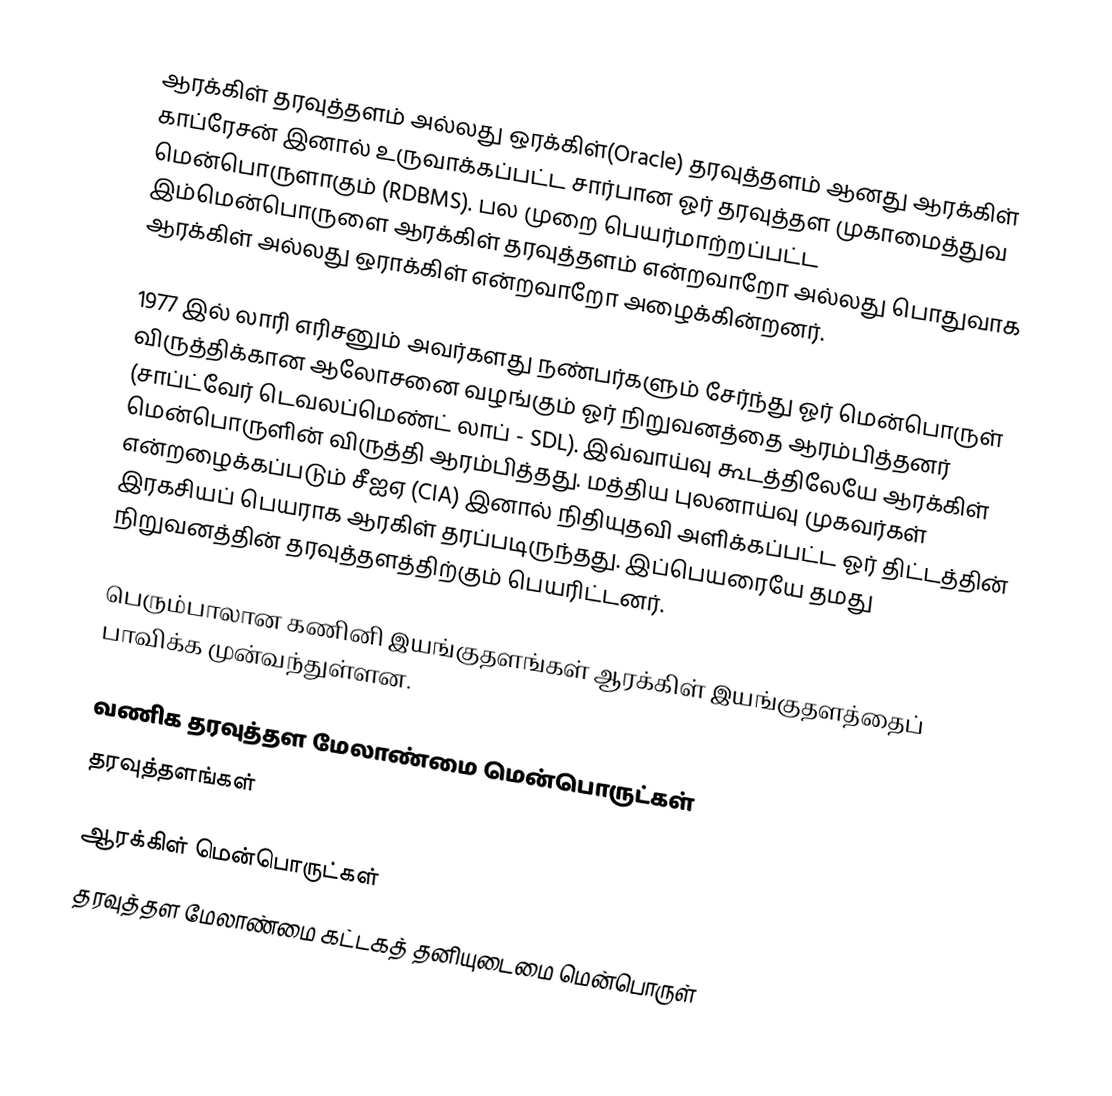
ஆரக்கிள் தரவுத்தளம் அல்லது ஒரக்கிள்(Oracle) தரவுத்தளம் ஆனது  ஆரக்கிள் காப்ரேசன் இனால் உருவாக்கப்பட்ட சார்பான ஓர் தரவுத்தள முகாமைத்துவ மென்பொருளாகும் (RDBMS). பல முறை பெயர்மாற்றப்பட்ட இம்மென்பொருளை ஆரக்கிள் தரவுத்தளம் என்றவாறோ அல்லது பொதுவாக ஆரக்கிள் அல்லது ஒராக்கிள் என்றவாறோ அழைக்கின்றனர்.

1977 இல் லாரி எரிசனும் அவர்களது நண்பர்களும் சேர்ந்து ஓர் மென்பொருள் விருத்திக்கான ஆலோசனை வழங்கும் ஓர் நிறுவனத்தை ஆரம்பித்தனர் (சாப்ட்வேர் டெவலப்மெண்ட் லாப் - SDL). இவ்வாய்வு கூடத்திலேயே ஆரக்கிள் மென்பொருளின் விருத்தி ஆரம்பித்தது. மத்திய புலனாய்வு முகவர்கள் என்றழைக்கப்படும் சீஐஏ (CIA) இனால் நிதியுதவி அளிக்கப்பட்ட ஓர் திட்டத்தின் இரகசியப் பெயராக ஆரகிள் தரப்படிருந்தது. இப்பெயரையே தமது நிறுவனத்தின் தரவுத்தளத்திற்கும் பெயரிட்டனர்.

பெரும்பாலான கணினி இயங்குதளங்கள் ஆரக்கிள் இயங்குதளத்தைப் பாவிக்க முன்வந்துள்ளன.

வணிக தரவுத்தள மேலாண்மை மென்பொருட்கள்
தரவுத்தளங்கள்

ஆரக்கிள் மென்பொருட்கள்
தரவுத்தள மேலாண்மை கட்டகத் தனியுடைமை மென்பொருள்